Civil Veterinary Dept. Bombay admin report 1907-1913 - 1907-1913
Year: 1907
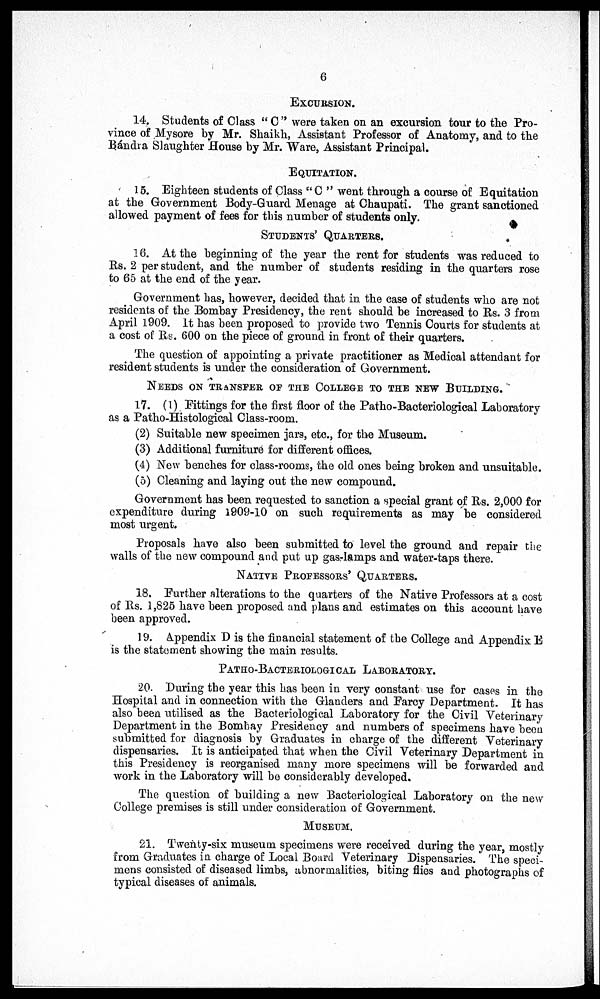
6
EXCURSION.
14. Students of Class "C" were taken on an excursion tour to the Pro¬
vince of Mysore by Mr. Shaikh, Assistant Professor of Anatomy, and to the
Bándra Slaughter House by Mr. Ware, Assistant Principal.
EQUITATION.
15. Eighteen students of Class "C" went through a course of Equitation
at the Government Body-Guard Menage at Chaupati. The grant sanctioned
allowed payment of fees for this number of students only.
STUDENTS' QUARTERS.
16. At the beginning of the year the rent for students was reduced to
Rs. 2 per student, and the number of students residing in the quarters rose
to 65 at the end of the year.
Government has, however, decided that in the case of students who are not
residents of the Bombay Presidency, the rent should be increased to Rs. 3 from
April 1909. It has been proposed to provide two Tennis Courts for students at
a cost of Rs. 600 on the piece of ground in front of their quarters.
The question of appointing a private practitioner as Medical attendant for
resident students is under the consideration of Government.
NEEDS ON TRANSFER OF THE COLLEGE TO THE NEW BUILDING.
17. (1). Fittings for the first floor of the Patho-Bacteriological Laboratory
as a Patho-Histological Class-room.
(2) Suitable new specimen jars, etc., for the Museum.
(3) Additional furniture for different offices.
(4) New benches for class-rooms, the old ones being broken and unsuitable.
(5) Cleaning and laying out the new compound.
Government has been requested to sanction a special grant of Rs. 2,000 for
expenditure during 1909-10 on such requirements as may be considered
most urgent.
Proposals have also been submitted to level the ground and repair the
walls of the new compound and put up gas-lamps and water-taps there.
NATIVE PROFESSORS' QUARTERS.
18. Further alterations to the quarters of the Native Professors at a cost
of Rs. 1,825 have been proposed and plans and estimates on this account have
been approved.
19. Appendix D is the financial statement of the College and Appendix E
is the statement showing the main results.
PATHO-BACTERIOLOGICAL LABORATORY.
20. During the year this has been in very constant use for cases in the
Hospital and in connection with the Glanders and Farcy Department. It has
also been utilised as the Bacteriological Laboratory for the Civil Veterinary
Department in the Bombay Presidency and numbers of specimens have been
submitted for diagnosis by Graduates in charge of the different Veterinary
dispensaries. It is anticipated that when the Civil Veterinary Department in
this Presidency is reorganised many more specimens will be forwarded and
work in the Laboratory will be considerably developed.
The question of building a new Bacteriological Laboratory on the new
College premises is still under consideration of Government.
MUSEUM.
21. Twenty-six museum specimens were received during the year, mostly
from Graduates in charge of Local Board Veterinary Dispensaries. The speci¬
mens consisted of diseased limbs, abnormalities, biting flies and photographs of
typical diseases of animals.